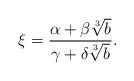
LaTeX: \begin{align*} \xi = \frac{\alpha+\beta\sqrt[3]{b}}{\gamma+\delta\sqrt[3]{b}}.\end{align*}